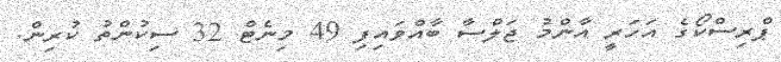
ޕްރިސްކޯގެ އަހަރީ އާންމު ޖަލްސާ ބާއްވައިފި 49 މިނެޓް 32 ސިކުންތު ކުރިން.